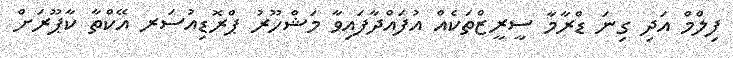
ފިލްމް އަދި ގިނަ ޑްރާމާ ސީރީޒްތަކެއް އުފައްދާފައިވާ މަޝްހޫރު ޕްރޮޑިއުސަރ އޭކްތާ ކާޕޫރަށް